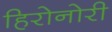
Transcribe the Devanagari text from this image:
हिरोनोरी